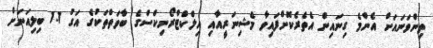
ތިންވަނައަށް އެންމެ ގިނައިން އެތެރެކޮށްފައިވާ މެޝިނަރީއާއި އިލްކްޓްރޯނިކްސްގެ ބާވަތްތަކުގެ އަގު 1.1 ބިލިއަނަށް